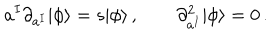
a ^ { I } \partial _ { a ^ { I } } | \phi \rangle = s | \phi \rangle \, , \qquad \partial _ { a ^ { I } } ^ { 2 } | \phi \rangle = 0 \, .